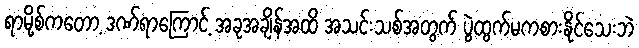
ရာမို့စ်ကတော့ ဒဏ်ရာကြောင့် အခုအချိန်အထိ အသင်းသစ်အတွက် ပွဲထွက်မကစားနိုင်သေးဘဲ